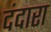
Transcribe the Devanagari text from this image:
दंदारा